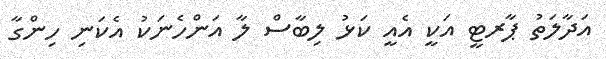
އަދާލަތު ޕާރޓީ އަކީ އެއީ ކަޅު ލިބާސް ލާ އަންހެނަކު އެކަނި ހިންގާ